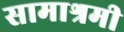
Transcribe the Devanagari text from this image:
सामाश्रमी